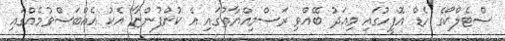
ސްޓެލްކޯގެ ހެޑް އޮފީހުގައި މިއަދު ބޭއްވި ރަސްމިއްޔާތުގައި އެ ކުންފުންޏާ އެކު އެއްބަސްވުމެއްގައި